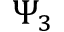
\Psi _ { 3 }